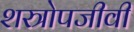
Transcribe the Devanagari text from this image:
शस्त्रोपजीवी